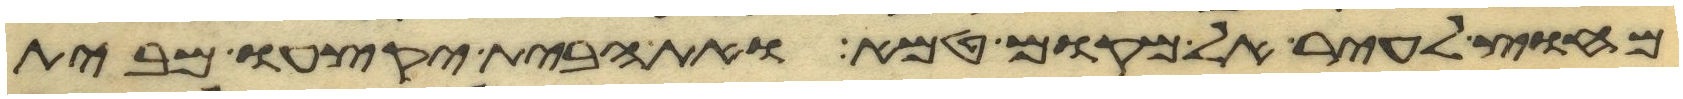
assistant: מחוץ לעיר אל מקום טמא ואת הבית יקצעו מבית